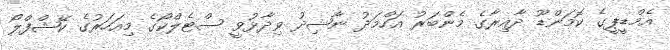
އެމްޑީޕީގެ ކޮމަންޑޫ ދާއިރާގެ މެންބަރު އަހްމަދު ނާޝިދު ވިދާޅުވީ ސްޓެލްކޯގެ މިއަހަރުގެ ކޭޝްފްލޯ